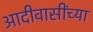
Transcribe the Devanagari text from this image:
आदीवासींच्या